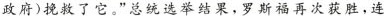
政府)挽救了它。”总统选举结果，罗斯福再次获胜，连